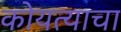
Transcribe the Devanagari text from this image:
कोयत्याचा